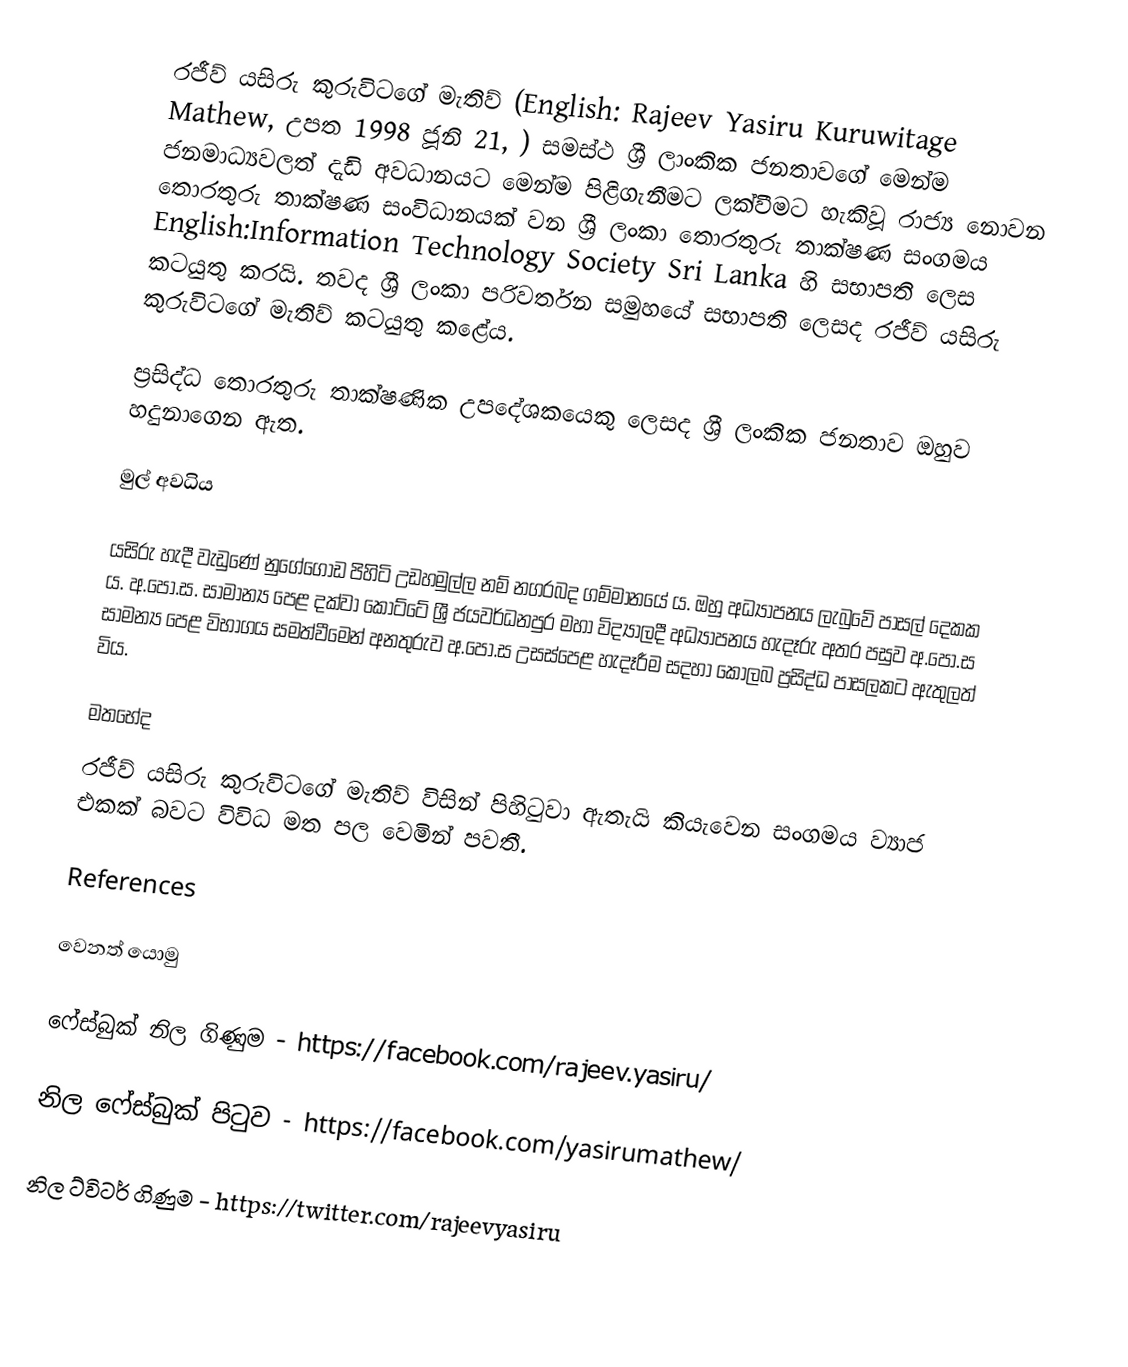
රජීව් යසිරු කුරුවිටගේ මැතිව් (English: Rajeev Yasiru Kuruwitage Mathew, උපත 1998 ජූනි 21, ) සමස්ථ ශ්‍රී ලාංකික ජනතාවගේ මෙන්ම ජනමාධ්‍යවලත් දැඩි අවධානයට මෙන්ම පිළිගැනීමට ලක්වීමට හැකිවූ රාජ්‍ය නොවන තොරතුරු තාක්ෂණ සංවිධානයක් වන ශ්‍රී ලංකා තොරතුරු තාක්ෂණ සංගමය English:Information Technology Society Sri Lanka හි සභාපති ලෙස කටයුතු කරයි. තවද ශ්‍රී ලංකා පරිවර්තන සමුහයේ සභාපති ලෙසද රජීව් යසිරු කුරුවිටගේ මැතිව් කටයුතු කළේය.

 ප්‍රසිද්ධ තොරතුරු තාක්ෂණික උපදේශකයෙකු ලෙසද ශ්‍රී ලංකික ජනතාව ඔහුව හදුනාගෙන ඇත.

මුල් අවධිය

යසිරු හැදී වැඩුණේ නුගේගොඩ පිහිටි උඩහමුල්ල නම් නගරබද ගම්මානයේ ය. ඔහු අධ්‍යාපනය ලැබුවේ පාසල් දෙකක ය. අ.පො.ස. සාමාන්‍ය පෙළ දක්වා කෝට්ටේ ශ්‍රී ජයවර්ධනපුර මහා විද්‍යාලදී අධ්‍යාපනය හැදෑරු අතර පසුව අ.පො.ස සාමන්‍ය පෙළ විභාගය සමත්වීමෙන් අනතුරුව අ.පො.ස උසස්පෙළ හැදෑරීම සදහා කොලබ ප්‍රසිද්ධ පාසලකට ඇතුලත් විය.

මතභේද
රජීව් යසිරු කුරුවිටගේ මැතිව් විසින් පිහිටුවා ඇතැයි කියැවෙන සංගමය ව්‍යාජ එකක් බවට විවිධ මත පල වෙමින් පවතී.

References

වෙනත් යොමු

ෆේස්බුක් නිල ගිණුම - https://facebook.com/rajeev.yasiru/

නිල ෆේස්බුක් පිටුව - https://facebook.com/yasirumathew/

නිල ට්විටර් ගිණුම - https://twitter.com/rajeevyasiru